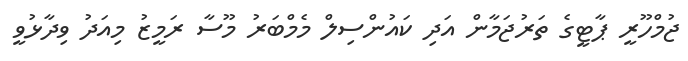
ޖުމްހޫރީ ޕާޓީގެ ތަރުޖަމާން އަދި ކައުންސިލް މެމްބަރު މޫސާ ރަމީޒު މިއަދު ވިދާޅުވީ